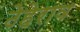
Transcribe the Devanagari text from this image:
ठेहेराव